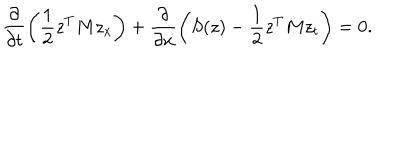
\frac { \partial } { \partial t } \left( \frac { 1 } { 2 } z ^ { T } M z _ { x } \right) + \frac { \partial } { \partial x } \left( S ( z ) - \frac { 1 } { 2 } z ^ { T } M z _ { t } \right) = 0 .